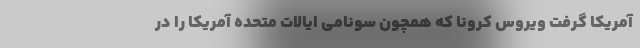
آمریکا گرفت ویروس کرونا که همچون سونامی ایالات متحده آمریکا را در